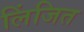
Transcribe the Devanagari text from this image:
लिंजित